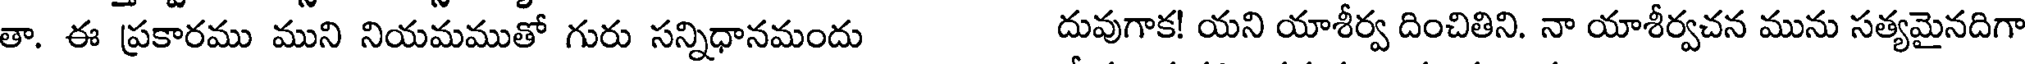
తా. ఈ ప్రకారము ముని నియమముతో గురు సన్నిధానమందు దువుగాక! యని యాశీర్వ దించితిని. నా యాశీర్వచన మును సత్యమైనదిగా